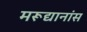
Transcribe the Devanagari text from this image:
मरूद्यानांस